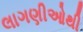
લાગણીઓથી